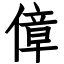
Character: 傽